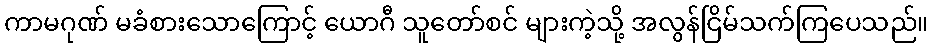
ကာမဂုဏ် မခံစားသောကြောင့် ယောဂီ သူတော်စင် များကဲ့သို့ အလွန်ငြိမ်သက်ကြပေသည်။